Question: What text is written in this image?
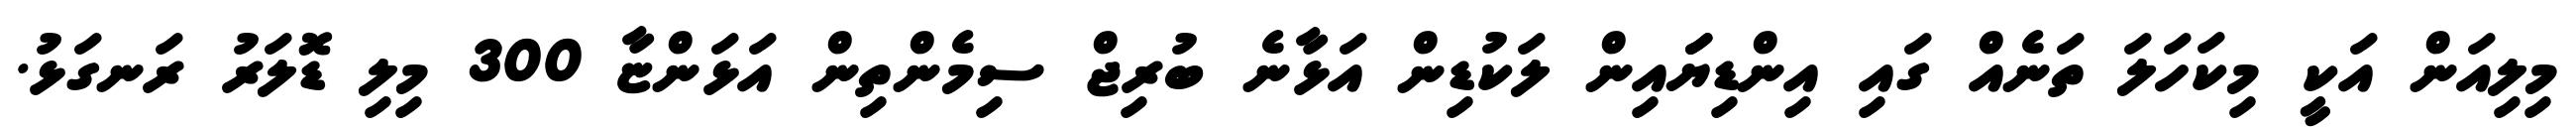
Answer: މިލިއަން އަކީ މިކަހަލަ ތަނެއް ގައި އިންޑިޔަައިން ލަކުޑިން އަޅާނެ ބުރިޖް ސިމެންތިން އަޅަންޏާ 300 މިލި ޑޮލަރު ރަނގަޅު.